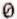
0